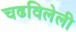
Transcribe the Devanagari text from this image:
चढविलेली